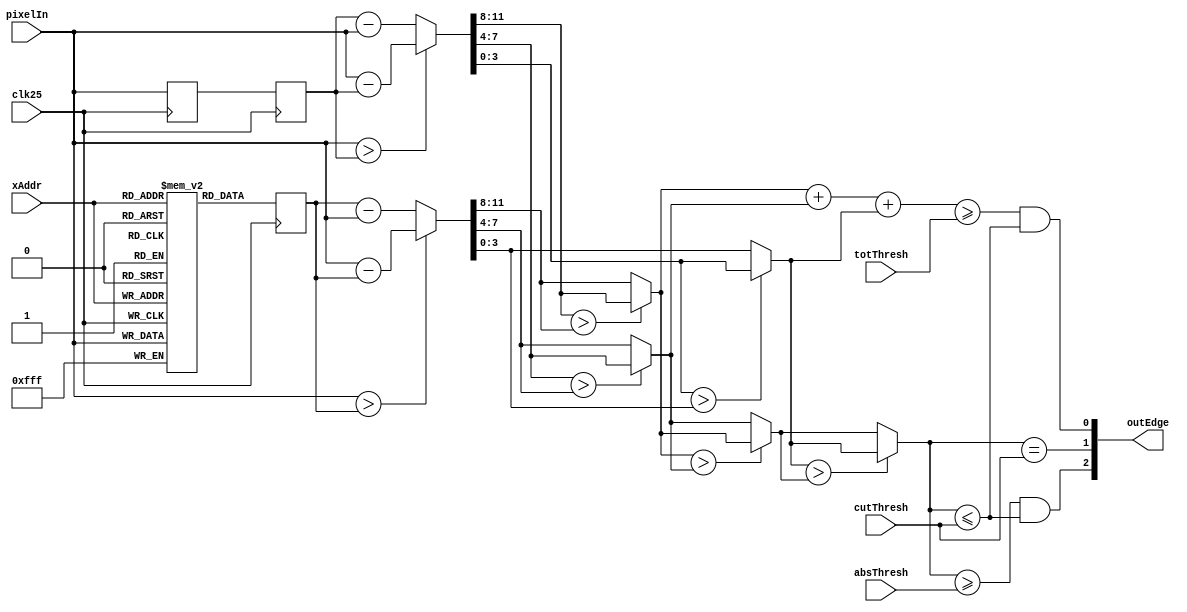
`timescale 1ns / 1ps
//////////////////////////////////////////////////////////////////////////////////
// Company: 
// Engineer: 
// 
// Design Name: 
// Module Name: Sobel_Edge_Detection
// Project Name: 
// Target Devices: 
// Tool Versions: 
// Description: 
// 
// Dependencies: 
// 
// Revision:
// Revision 0.01 - File Created
// Additional Comments:
// 
//////////////////////////////////////////////////////////////////////////////////

// calculates the pixel difference between top and left pixel.
module Sobel_Edge_Detection(
    input [9:0]  xAddr,
    input [11:0] pixelIn,
    input        clk25,
    // threshold values to display RGB colors at.  Will show a pixel if
    // value is above colorThresh and below cutThresh
    input [3:0] cutThresh,
    input [3:0] absThresh,
    input [3:0] totThresh,
    
    output [2:0] outEdge
    );
    
    wire [3:0] pixelR = pixelIn[11:8];
    wire [3:0] pixelG = pixelIn[7:4];
    wire [3:0] pixelB = pixelIn[3:0];
    
    reg [11:0] prevLine [639:0];
    reg [11:0] prevXPixel;
    reg [11:0] currPixelReg;
    wire [11:0] currPixel = {pixelR, pixelG, pixelB};
    reg [11:0] prevYPixel;
    always@(posedge clk25) begin
        prevLine[xAddr] <= currPixel;
        prevYPixel <= prevLine[xAddr];
        currPixelReg <= currPixel;
        prevXPixel <= currPixelReg;
    end

    // get X and Y difference
    wire [11:0] diffX = (currPixel > prevXPixel) ? (currPixel - prevXPixel) : (prevXPixel - currPixel);
    wire [11:0] diffY = (currPixel > prevYPixel) ? (currPixel - prevYPixel) : (prevYPixel - currPixel);
    
    // difference in each direction for each pixel
    wire [11:0] maxDiffA;
    assign maxDiffA[11:8] = (diffX[11:8] > diffY[11:8]) ? diffX[11:8] : diffY[11:8];
    assign maxDiffA[7:4]  = (diffX[7:4]  > diffY[7:4])  ? diffX[7:4]  : diffY[7:4];
    assign maxDiffA[3:0]  = (diffX[3:0]  > diffY[3:0])  ? diffX[3:0]  : diffY[3:0];
    
    // get the maximum difference.
    wire [3:0] maxDiffB = (maxDiffA[11:8] > maxDiffA[7:4]) ? maxDiffA[11:8] : maxDiffA[7:4];
    wire [3:0] maxDiff  = (maxDiffA[3:0]  > maxDiffB)      ? maxDiffA[3:0]  : maxDiffB;
    
    wire [5:0] totDiff = maxDiffA[11:8] + maxDiffA[7:4] + maxDiffA[3:0];
    
    wire passCutoff =  maxDiff <= cutThresh;
    // red   = max(diff(R), diff(G) ,diff(B)) >= absThresh (SW[11:8])
    // green = max(diff(R), diff(G) ,diff(B)) == cutThresh (SW[15:12])
    // blue  = diff(R) + diff(G) + diff(B)    >= totThresh (SW[7:4])
    wire redEdge    = (maxDiff >= absThresh) && passCutoff;
    wire greenEdge  = (maxDiff == cutThresh);
    wire blueEdge   = (totDiff >= totThresh) && passCutoff;

    assign outEdge = {redEdge, greenEdge, blueEdge};
endmodule